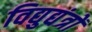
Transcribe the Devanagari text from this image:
विद्युद्यंत्रों